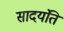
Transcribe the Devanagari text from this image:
सादयंति